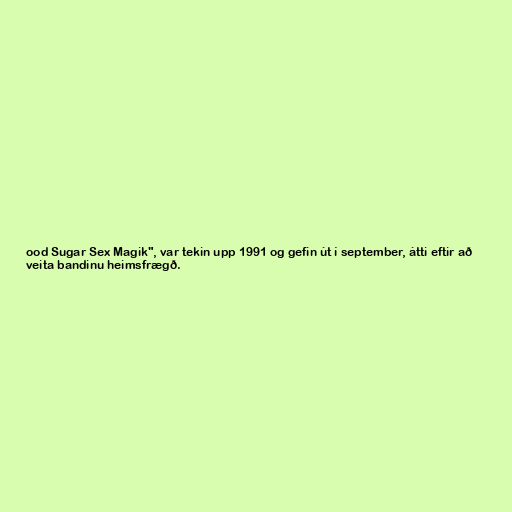
ood Sugar Sex Magik", var tekin upp 1991 og gefin út í september, átti eftir að
veita bandinu heimsfrægð.